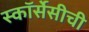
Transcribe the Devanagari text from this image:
स्कॉर्सेसीची